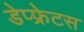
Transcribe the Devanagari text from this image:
डेप्फ्रेटस